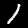
Digit: 1